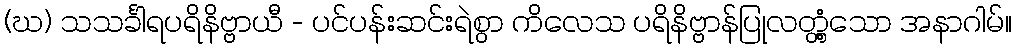
(ဃ) သသင်္ခါရပရိနိဗ္ဗာယီ - ပင်ပန်းဆင်းရဲစွာ ကိလေသ ပရိနိဗ္ဗာန်ပြုလတ္တံ့သော အနာဂါမ်။